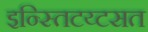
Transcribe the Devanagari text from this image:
इन्स्तिटय्टसत